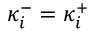
\kappa _ { i } ^ { - } = \kappa _ { i } ^ { + }